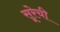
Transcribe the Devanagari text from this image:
सूरेची